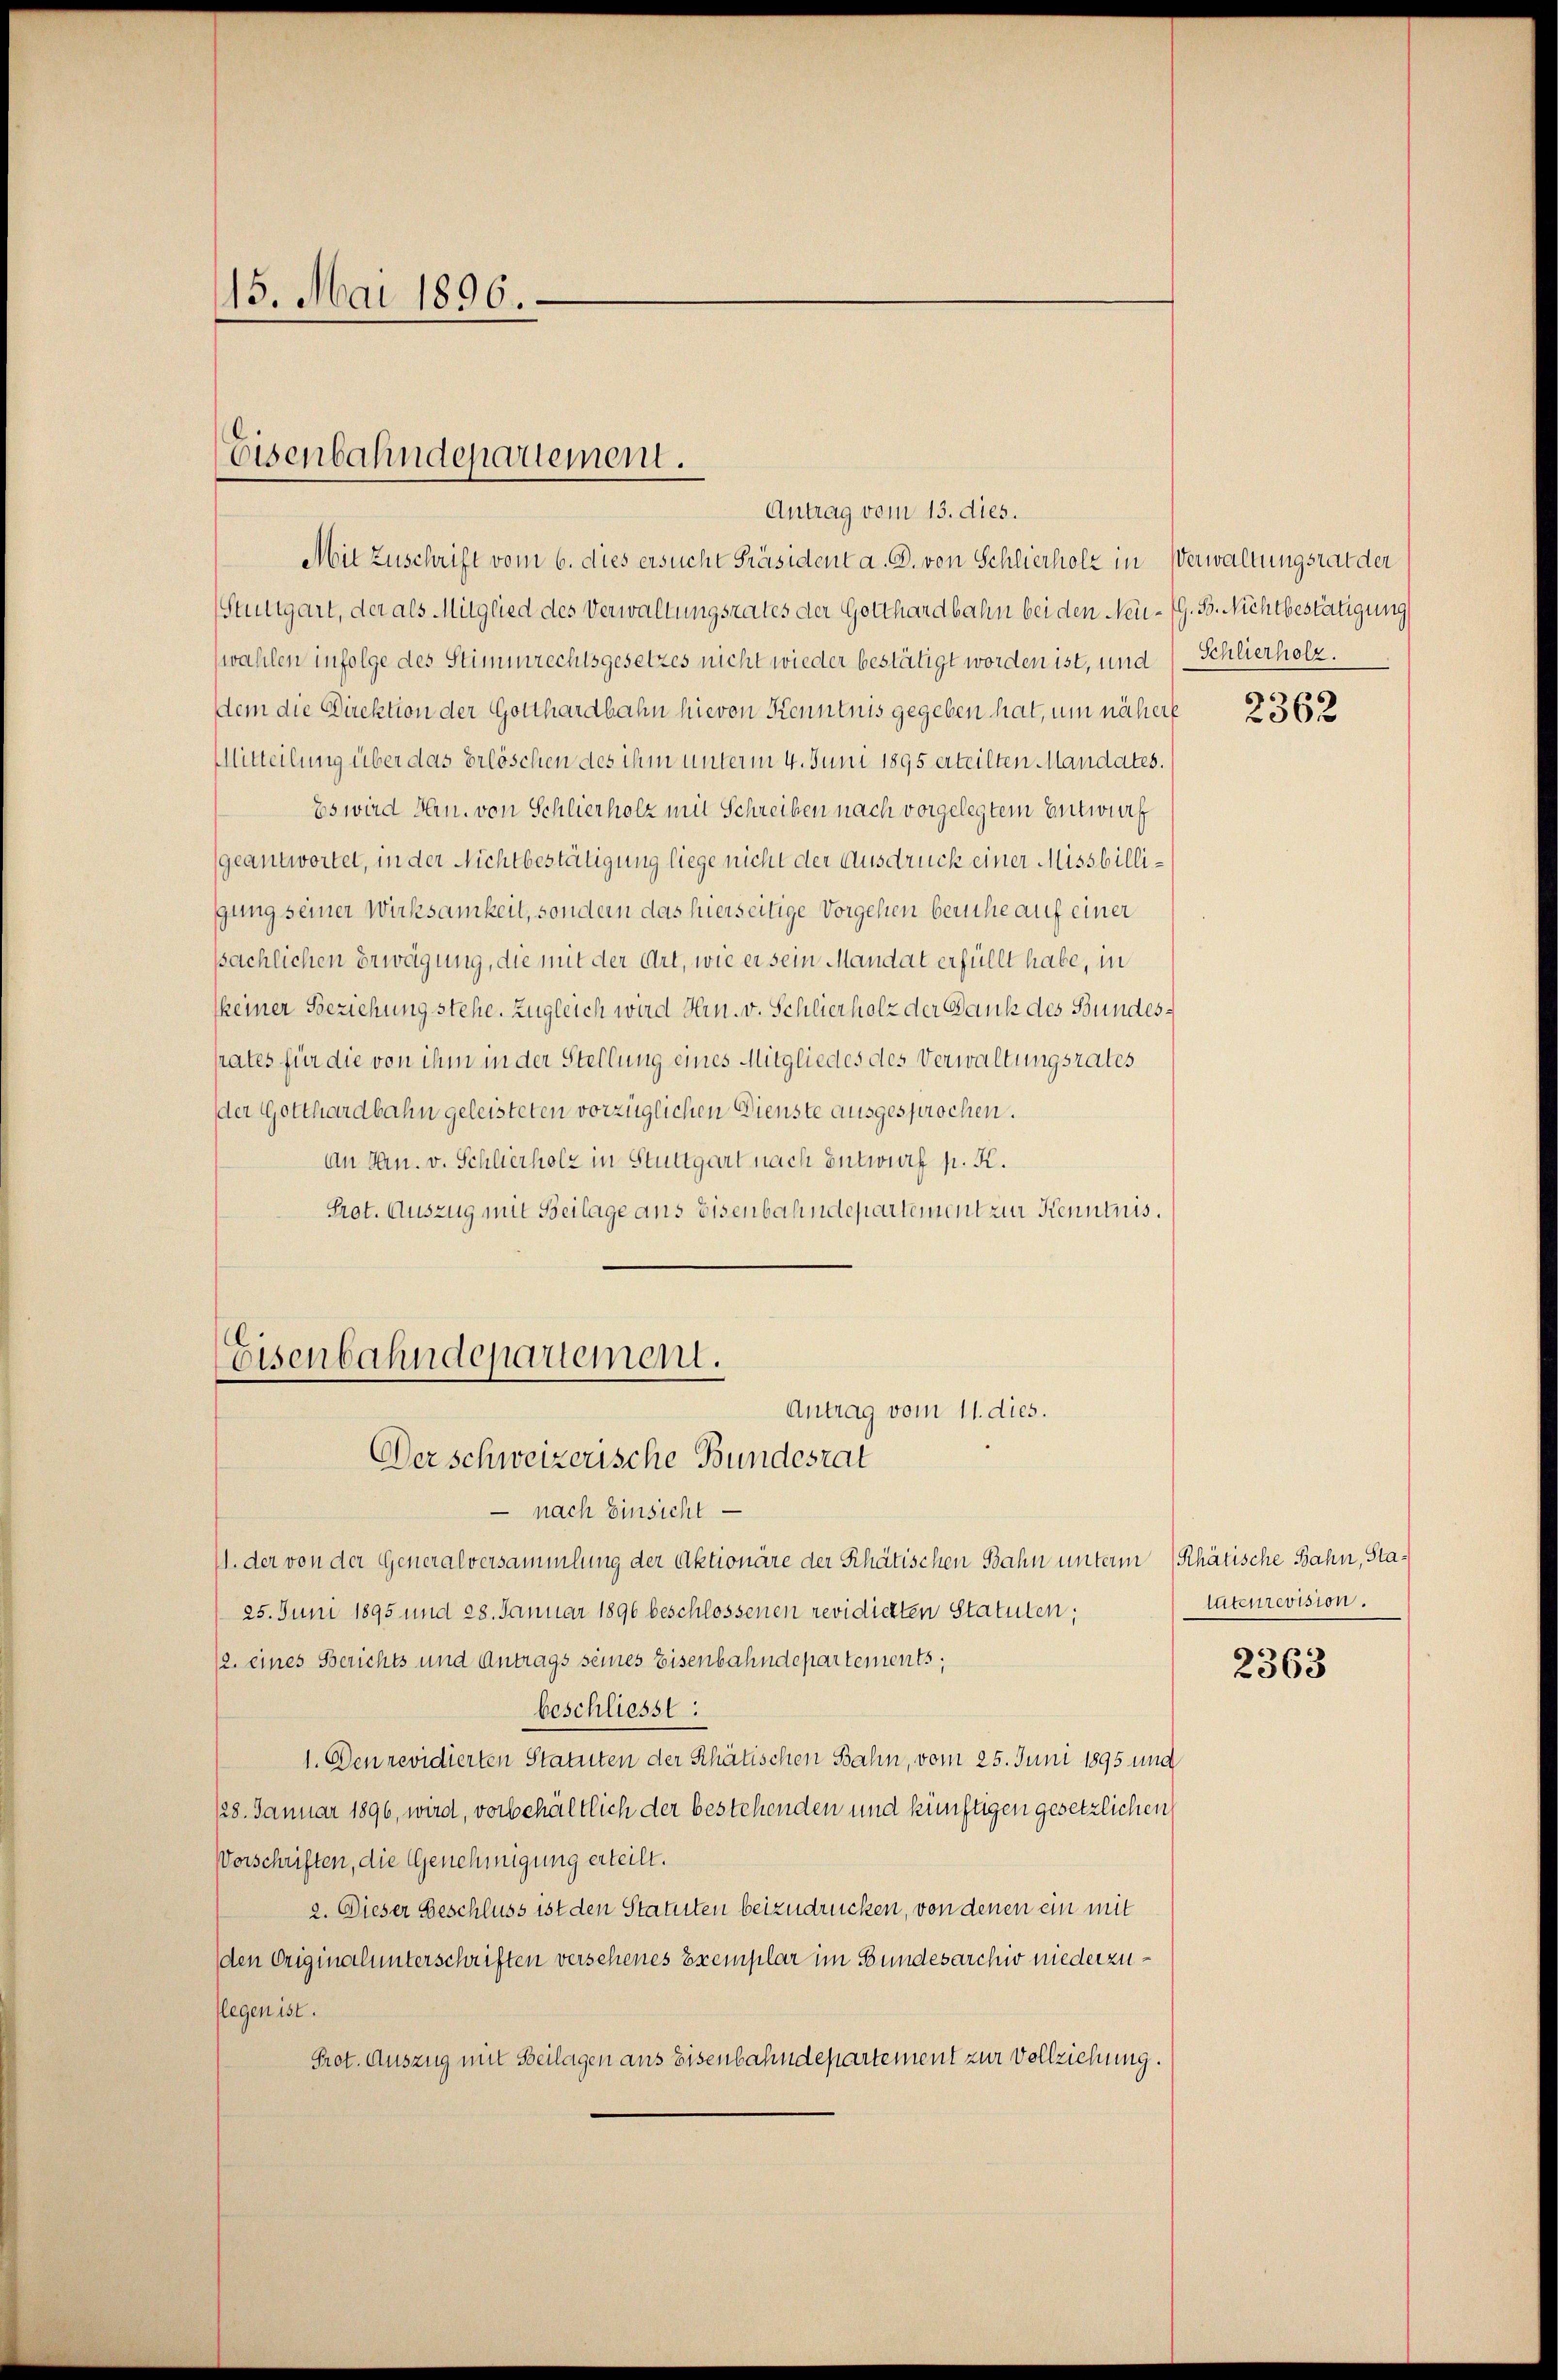
15. Mai 1896.

Eisenbahndepartement.
Antrag vom 13. dies.

Mit Zuschrift vom 6. dies ersucht Präsident a. D. von Schlierholz in Verwaltungsrat der
Stuttgart, der als Mitglied des Verwaltungsrates der Gotthardbahn bei den Neu-G. B. Nichtbestätigung
wahlen infolge des Stimmrechtsgesetzes nicht wieder bestätigt worden ist, und
dem die Direktion der Gotthardbahn hievon Kenntnis gegeben hat, um nähere
Mitteilung über das Erlöschen des ihm unterm 4. Juni 1895 erteilten Mandates.
Es wird Hrn. von Schlierholz mit Schreiben nach vorgelegtem Entwurf
geantwortet, in der Nichtbestätigung liege nicht der Ausdruck einer Missbilligung seiner Wirksamkeit, sondern das hierseitige Vorgehen beruhe auf einer
pächlichen Erwägung, die mit der Art, wie er sein Mandat erfüllt habe, in
skeiner Beziehung stehe. Zugleich wird Hrn. v. Schlierholz der Dank des Bundesates für die von ihm in der Stellung eines Mitgliedes des Verwaltungsrates
der Gotthardbahn geleisteten vorzüglichen Dienste ausgesprochen.
An Jan. v. Schlierholz in Stuttgart nach Entwurf p. K.
Prot. Auszug mit Beilage aus Eisenbahndepartement zu Kenntnis.
Eisenbahndepartement.
Antrag vom 11. dies.

Der schweizerische Bundesrat

nach Einsicht
I. der von der Generalversammlung der Aktionäre der Rhätischen Bahn unterm Rhätische Bahn, Sta¬
25. Juni 1895 und 28. Januar 1896 beschlossenen revidierten Statuten;
/2. eines Berichts und Antrags seines Eisenbahndepartements,
beschliesst:
1. Den revidierten Statuten der Rhätischen Bahn, vom 25. Juni 1895 und
128. Januar 1896, wird, vorbehältlich der bestehenden und künftigen gesetzlichen
Vorschriften, die Genehmigung erteilt.
2. Dieser Beschluss ist den Statuten beizudrücken, von denen ein mit
den Originalunterschriften versehenes Exemplar im Bundesarchiv niederzuflegen ist.
Prot. Auszug mit Beilagen ans Eisenbahndepartement zur Vollziehung.

Schlierholz.

2362

tateurevision.

2363